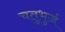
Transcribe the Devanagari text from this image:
चतुभुर्ज